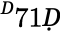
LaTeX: ^Ḋ71Ḍ